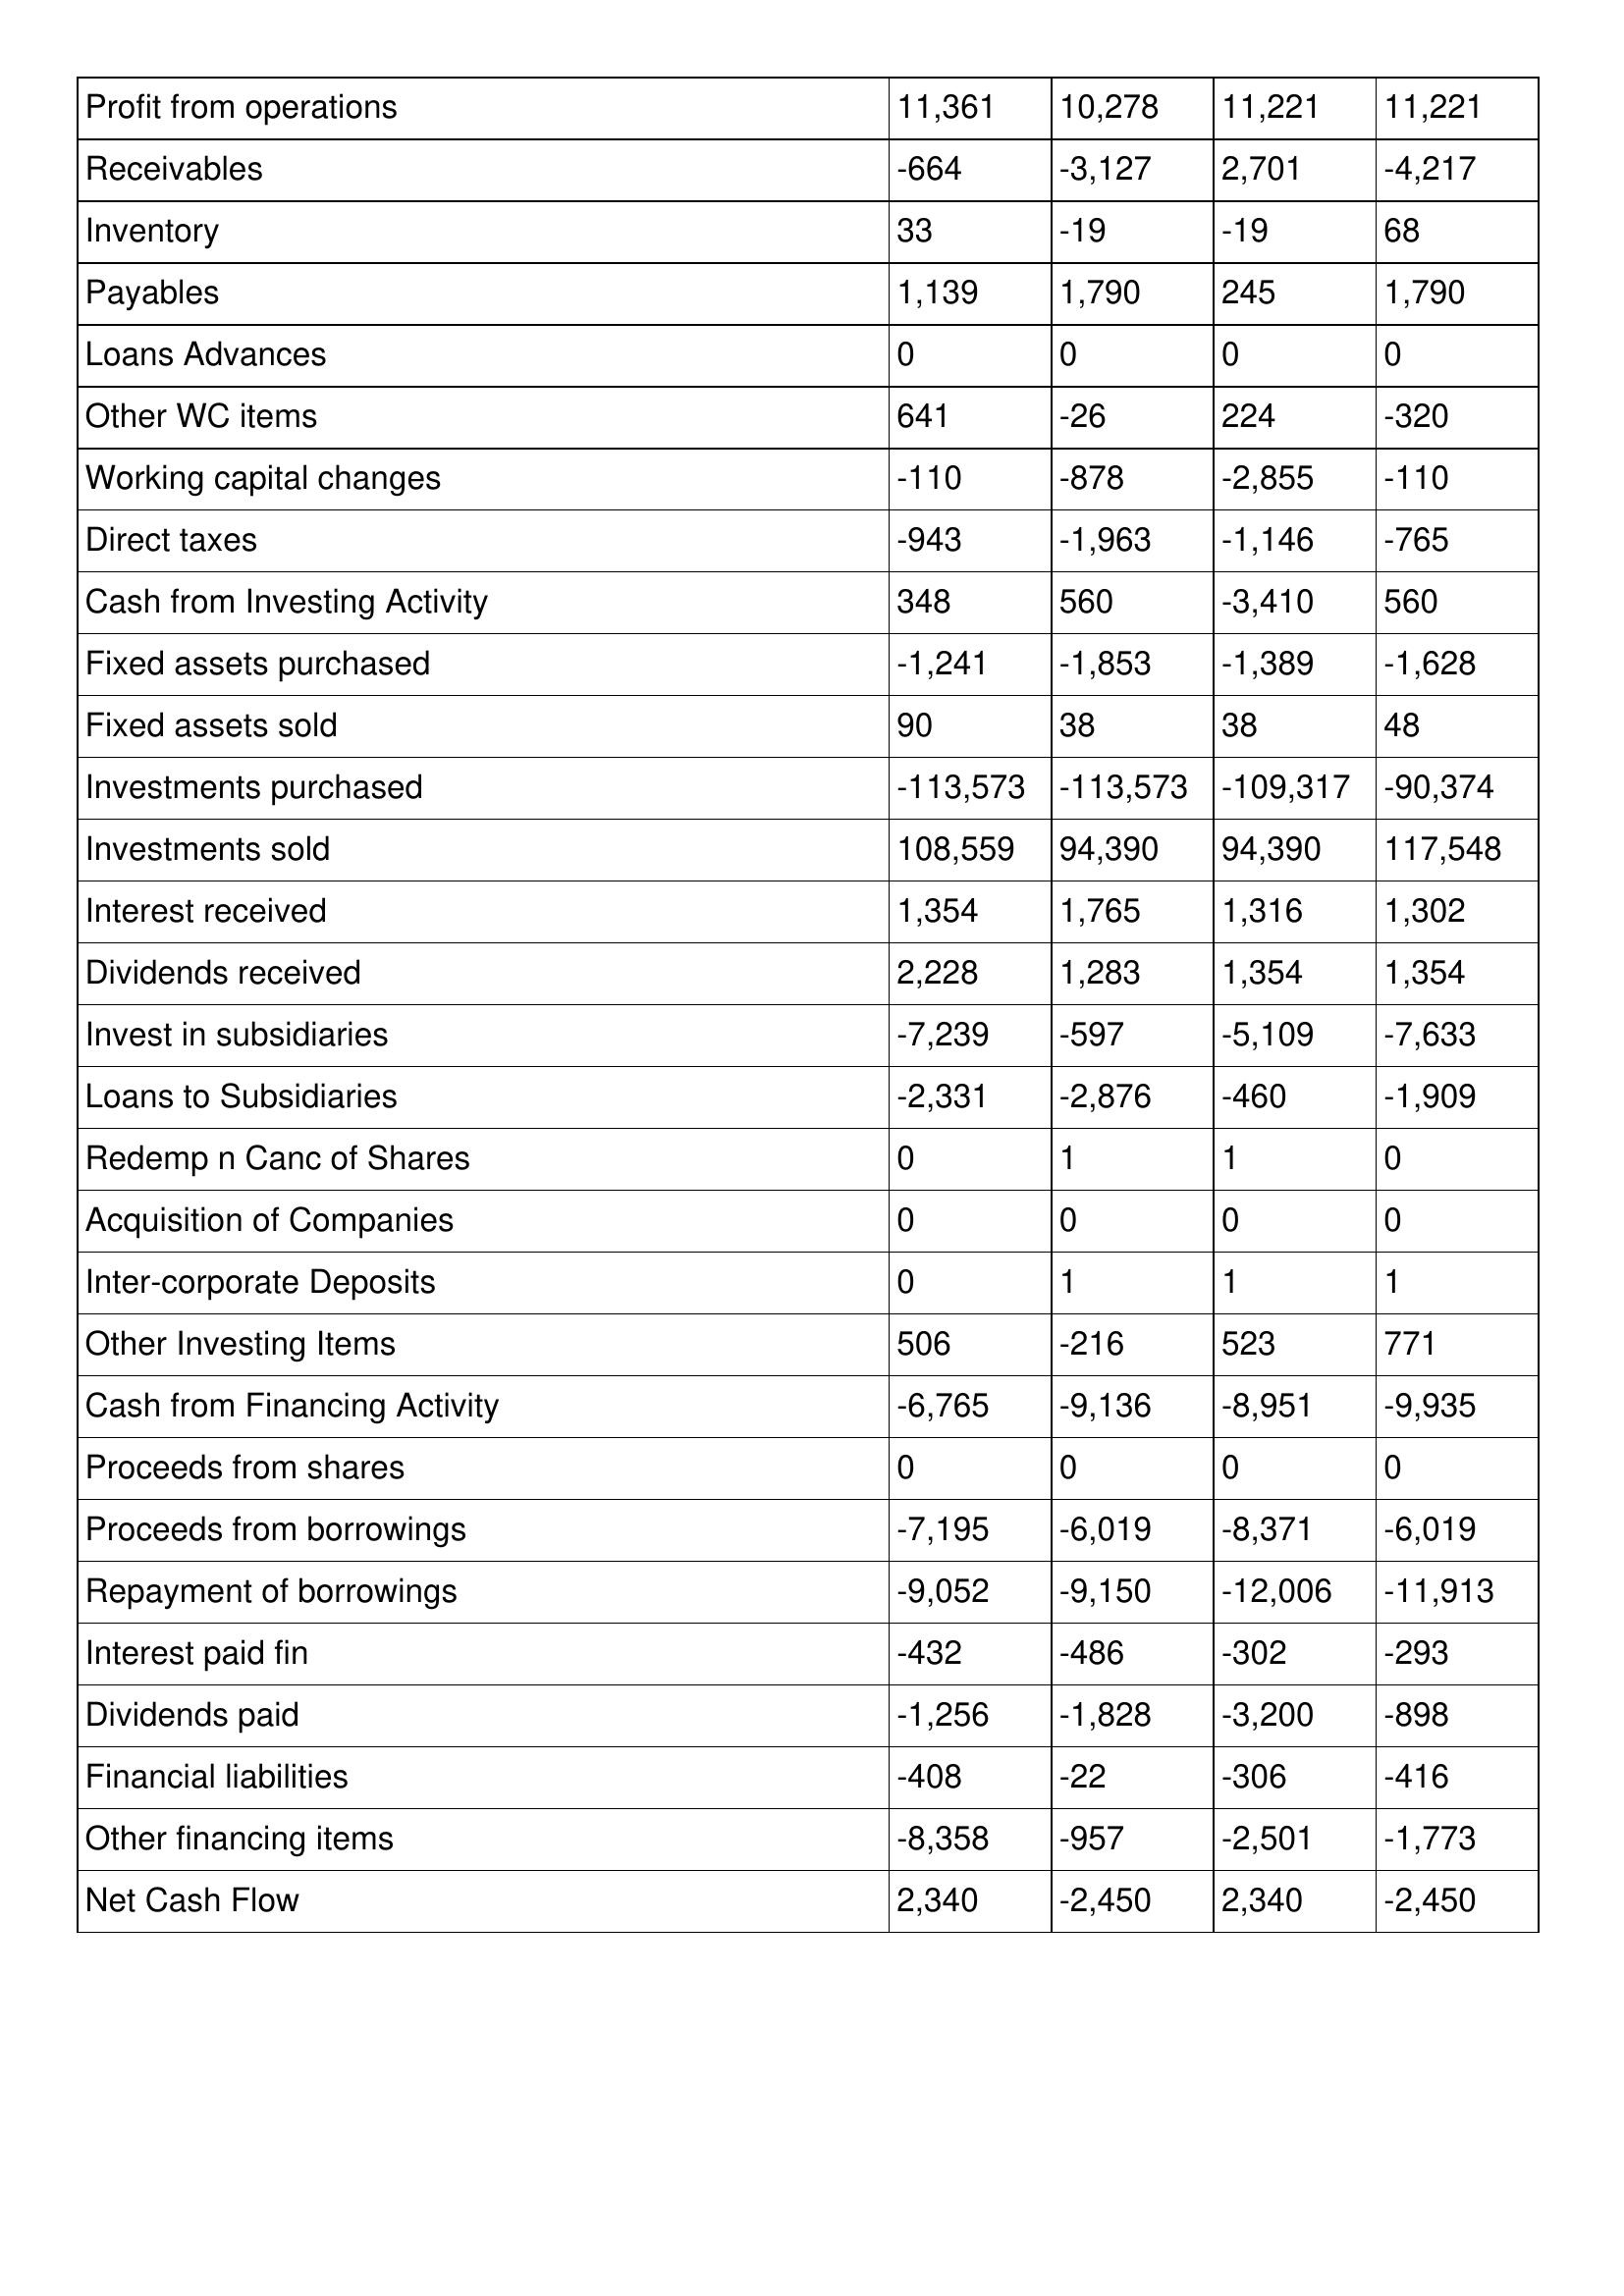
gt_parse: 2006: Cash Flows: Profit from operations: 11,361
Receivables: -664
Inventory: 33
Payables: 1,139
Loans Advances: 0
Other WC items: 641
Working capital changes: -110
Direct taxes: -943
Cash from Investing Activity: 348
Fixed assets purchased: -1,241
Fixed assets sold: 90
Investments purchased: -113,573
Investments sold: 108,559
Interest received: 1,354
Dividends received: 2,228
Invest in subsidiaries: -7,239
Loans to Subsidiaries: -2,331
Redemp n Canc of Shares: 0
Acquisition of Companies: 0
Inter-corporate Deposits: 0
Other Investing Items: 506
Cash from Financing Activity: -6,765
Proceeds from shares: 0
Proceeds from borrowings: -7,195
Repayment of borrowings: -9,052
Interest paid fin: -432
Dividends paid: -1,256
Financial liabilities: -408
Other financing items: -8,358
Net Cash Flow: 2,340
2005: Cash Flows: Profit from operations: 10,278
Receivables: -3,127
Inventory: -19
Payables: 1,790
Loans Advances: 0
Other WC items: -26
Working capital changes: -878
Direct taxes: -1,963
Cash from Investing Activity: 560
Fixed assets purchased: -1,853
Fixed assets sold: 38
Investments purchased: -113,573
Investments sold: 94,390
Interest received: 1,765
Dividends received: 1,283
Invest in subsidiaries: -597
Loans to Subsidiaries: -2,876
Redemp n Canc of Shares: 1
Acquisition of Companies: 0
Inter-corporate Deposits: 1
Other Investing Items: -216
Cash from Financing Activity: -9,136
Proceeds from shares: 0
Proceeds from borrowings: -6,019
Repayment of borrowings: -9,150
Interest paid fin: -486
Dividends paid: -1,828
Financial liabilities: -22
Other financing items: -957
Net Cash Flow: -2,450
2004: Cash Flows: Profit from operations: 11,221
Receivables: 2,701
Inventory: -19
Payables: 245
Loans Advances: 0
Other WC items: 224
Working capital changes: -2,855
Direct taxes: -1,146
Cash from Investing Activity: -3,410
Fixed assets purchased: -1,389
Fixed assets sold: 38
Investments purchased: -109,317
Investments sold: 94,390
Interest received: 1,316
Dividends received: 1,354
Invest in subsidiaries: -5,109
Loans to Subsidiaries: -460
Redemp n Canc of Shares: 1
Acquisition of Companies: 0
Inter-corporate Deposits: 1
Other Investing Items: 523
Cash from Financing Activity: -8,951
Proceeds from shares: 0
Proceeds from borrowings: -8,371
Repayment of borrowings: -12,006
Interest paid fin: -302
Dividends paid: -3,200
Financial liabilities: -306
Other financing items: -2,501
Net Cash Flow: 2,340
2003: Cash Flows: Profit from operations: 11,221
Receivables: -4,217
Inventory: 68
Payables: 1,790
Loans Advances: 0
Other WC items: -320
Working capital changes: -110
Direct taxes: -765
Cash from Investing Activity: 560
Fixed assets purchased: -1,628
Fixed assets sold: 48
Investments purchased: -90,374
Investments sold: 117,548
Interest received: 1,302
Dividends received: 1,354
Invest in subsidiaries: -7,633
Loans to Subsidiaries: -1,909
Redemp n Canc of Shares: 0
Acquisition of Companies: 0
Inter-corporate Deposits: 1
Other Investing Items: 771
Cash from Financing Activity: -9,935
Proceeds from shares: 0
Proceeds from borrowings: -6,019
Repayment of borrowings: -11,913
Interest paid fin: -293
Dividends paid: -898
Financial liabilities: -416
Other financing items: -1,773
Net Cash Flow: -2,450